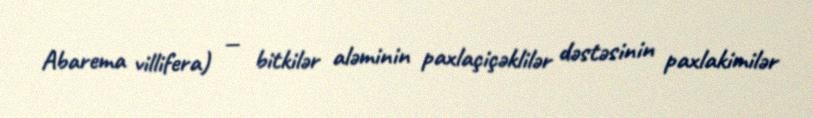
Abarema villifera) — bitkilər aləminin paxlaçiçəklilər dəstəsinin paxlakimilər